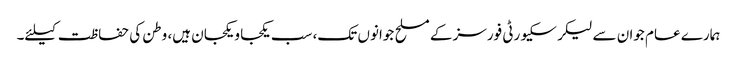
ہمارے عام جوان سے لیکر سکیورٹی فورسز کے مسلح جوانوں تک، سب یکجا و یکجان ہیں، وطن کی حفاظت کیلئے۔